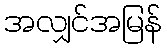
အလျှင်အမြန်